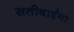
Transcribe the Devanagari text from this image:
सतीबाईंना